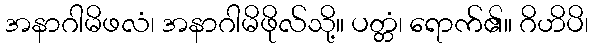
အနာဂါမိဖလံ၊ အနာဂါမိဖိုလ်သို့။ ပတ္တံ၊ ရောက်၏။ ဂိဟိပိ၊